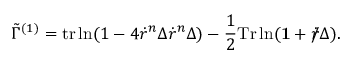
\tilde { \Gamma } ^ { ( 1 ) } = \mathrm { t r } \ln ( 1 - 4 \dot { r } ^ { n } \Delta \dot { r } ^ { n } \Delta ) - \frac { 1 } { 2 } \mathrm { T r } \ln ( { \bf 1 } + \dot { r } \! \! \! / \Delta ) .